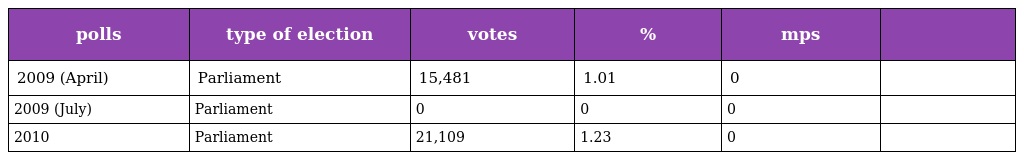
| polls | type of election | votes | % | mps |  |
 | --- | --- | --- | --- | --- | --- |
 | 2009 (April) | Parliament | 15,481 | 1.01 | 0 |  |
 | 2009 (July) | Parliament | 0 | 0 | 0 |  |
 | 2010 | Parliament | 21,109 | 1.23 | 0 |  |